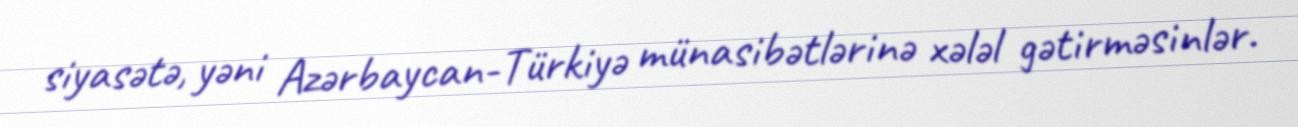
siyasətə, yəni Azərbaycan-Türkiyə münasibətlərinə xələl gətirməsinlər.